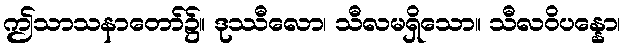
ဤသာသနာတော်၌။ ဒုဿီလော၊ သီလမရှိသော။ သီလဝိပန္နော၊